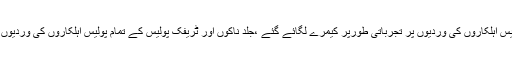
انہوںنے کہاکہ تمام صوبوں میں بھی جرائم میں کمی آرہی ہے ،چار پولیس اہلکاروں کی وردیوں پر تجرباتی طورپر کیمرے لگائے گئے ،جلد ناکوں اور ٹریفک پولیس کے تمام پولیس اہلکاروں کی وردیوں میں کیمرے لگاکر انہیں سیف سٹی کیمروں سے منسلک کردیا جائے گا۔